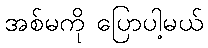
အစ်မကို ပြောပါ့မယ်